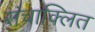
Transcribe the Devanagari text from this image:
संचाक्लित